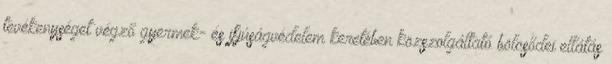
tevékenységet végző gyermek- és ifjúságvédelem keretében közszolgáltató bölcsődei ellátás